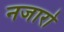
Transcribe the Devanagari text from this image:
नजारो